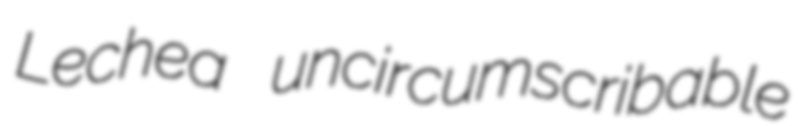
Lechea uncircumscribable